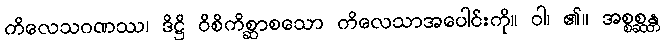
ကိလေသဂဏဿ၊ ဒိဋ္ဌိ ဝိစိကိစ္ဆာစသော ကိလေသာအပေါင်းကို။ ဝါ၊ ၏။ အစ္စစ္ဆန္တ